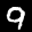
Label: 9